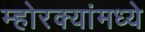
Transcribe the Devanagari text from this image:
म्होरक्यांमध्ये